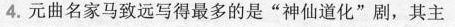
4.元曲名家马致远写得最多的是”神仙道化”剧，其主